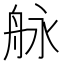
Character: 𦨬